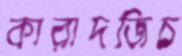
কারাদজিচ